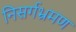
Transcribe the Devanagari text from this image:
निसर्गभ्रमण